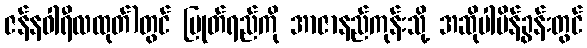
ဇန်နဝါရီလထုတ်)တွင် ပြုတ်ရည်ကို အာဇာနည်ကုန်းသို့ အဆိုပါမိန့်ခွန်းတွင်